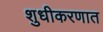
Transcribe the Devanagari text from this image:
शुधीकरणात